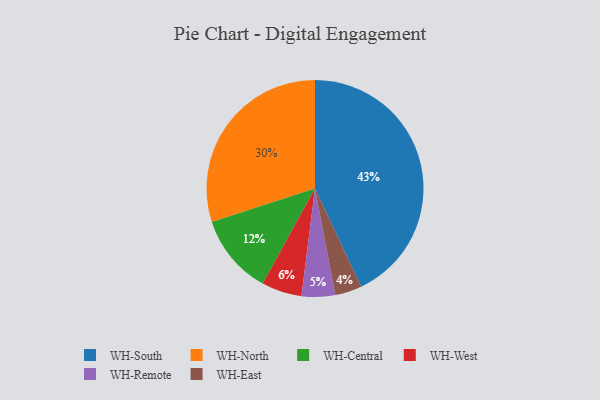
{"axis": {"x": "Category", "y": "Percentage"}, "legend": ["WH-Central", "WH-East", "WH-North", "WH-Remote", "WH-South", "WH-West"], "data": [{"x": "WH-South", "y": 43, "type": "WH-South"}, {"x": "WH-Remote", "y": 5, "type": "WH-Remote"}, {"x": "WH-Central", "y": 12, "type": "WH-Central"}, {"x": "WH-West", "y": 6, "type": "WH-West"}, {"x": "WH-North", "y": 30, "type": "WH-North"}, {"x": "WH-East", "y": 4, "type": "WH-East"}]}